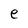
Character: e